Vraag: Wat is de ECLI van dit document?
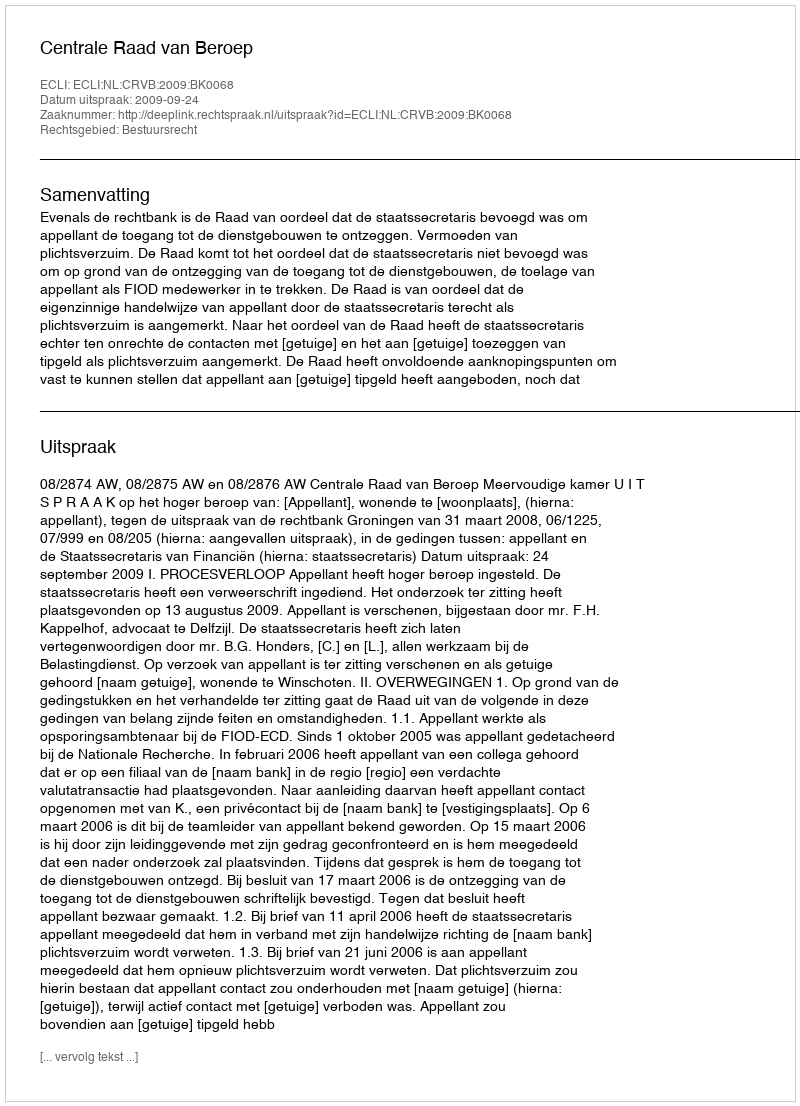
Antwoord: ECLI:NL:CRVB:2009:BK0068